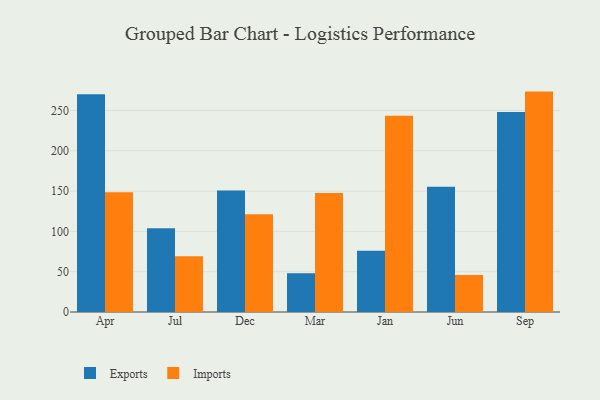
{"axis": {"x": "Month", "y": "Backlog"}, "legend": ["Exports", "Imports"], "data": [{"x": "Apr", "y": 270.1, "type": "Exports"}, {"x": "Apr", "y": 148.6, "type": "Imports"}, {"x": "Jul", "y": 103.8, "type": "Exports"}, {"x": "Jul", "y": 69.2, "type": "Imports"}, {"x": "Dec", "y": 150.8, "type": "Exports"}, {"x": "Dec", "y": 121.2, "type": "Imports"}, {"x": "Mar", "y": 48.1, "type": "Exports"}, {"x": "Mar", "y": 147.7, "type": "Imports"}, {"x": "Jan", "y": 75.9, "type": "Exports"}, {"x": "Jan", "y": 243.5, "type": "Imports"}, {"x": "Jun", "y": 155.5, "type": "Exports"}, {"x": "Jun", "y": 46.0, "type": "Imports"}, {"x": "Sep", "y": 248.2, "type": "Exports"}, {"x": "Sep", "y": 273.4, "type": "Imports"}]}